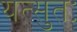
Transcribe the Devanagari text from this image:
यत्सुतः